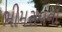
ભીમરાવની